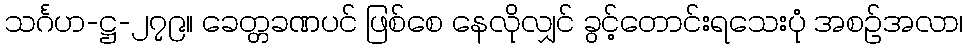
သင်္ဂဟ-ဋ္ဌ-၂၇၉။ ခေတ္တခဏပင် ဖြစ်စေ နေလိုလျှင် ခွင့်တောင်းရသေးပုံ အစဉ်အလာ၊